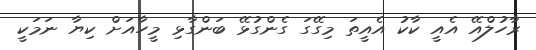
ރާހުލްއޭ އެއީ ކާކު އެއީތަ މިގޭގަ ގެންގުޅޭ ބަންގާޅި މީހާއަށް ކިޔާ ނަަމަކީ